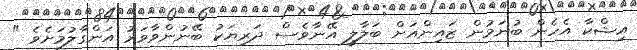
އިޝްކާ އެހެން ބުނަމުން ޒައިންއަށް ބަލާލީ އޭނާވެސް ދަރިޔަކު ބޭނުންވާވަރު އަންގާލުމަށެވެ "